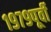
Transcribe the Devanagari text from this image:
१९७९पूर्वी